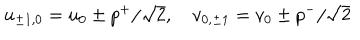
LaTeX: u _ { \pm 1 , 0 } = u _ { 0 } \pm p ^ { + } / \sqrt { 2 } , \quad v _ { 0 , \pm 1 } = v _ { 0 } \pm p ^ { - } / \sqrt { 2 }